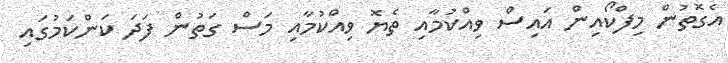
އެގޮތުން މިފްކޯއިން އައިސް ވިއްކުމާއި ތެޔޮ ވިއްކުމާއި މަސް ގަތުން ފަދަ ކަންކަމުގައި